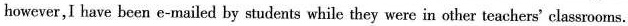
however,I have been e-mailed by students while they were in other teachers' classrooms.